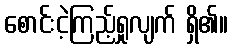
စောင်းငဲ့ကြည့်ရှုလျက် ရှိ၏။